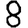
Digit: 8